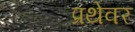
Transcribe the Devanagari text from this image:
प्रथेवर